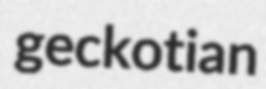
geckotian